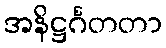
အနိဋ္ဌင်္ဂတတာ